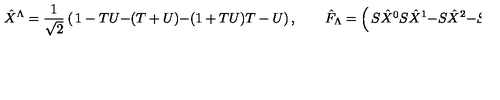
\hat { X } ^ { \Lambda } = { \frac { 1 } { \sqrt 2 } } \left( \begin{matrix} { 1 - T U } \\ { - ( T + U ) } \\ { - ( 1 + T U ) } \\ { T - U } \\ \end{matrix} \right) , \qquad \hat { F } _ { \Lambda } = \left( \begin{matrix} { S \hat { X } ^ { 0 } } \\ { S \hat { X } ^ { 1 } } \\ { - S \hat { X } ^ { 2 } } \\ { - S \hat { X } ^ { 3 } } \\ \end{matrix} \right) = S \eta _ { \Lambda \Sigma } \hat { X } ^ { \Sigma } \ ,